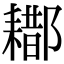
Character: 䣢